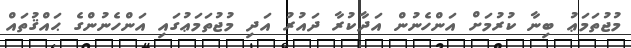
މުޖުތަމަޢު ބިނާ ކުރުމަށް އަންހެނުން އަދާކުރާ ދައުރު އަދި މުޖުތަމަޢުގައި އަންހެނުންގެ ޙައްޤުތައް